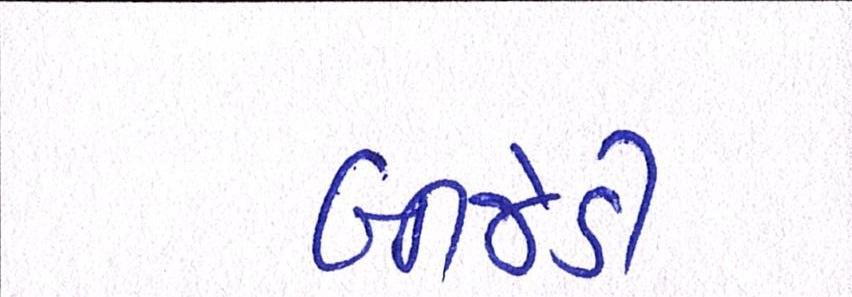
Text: બીજેડી